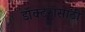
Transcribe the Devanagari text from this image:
डॉक्टरांसाठी